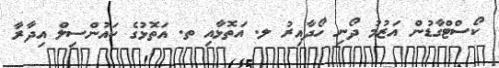
ކޯސްޓްގާޑުން އަޒުމު ދޯނި ހޯދާއިރު ލ. އަތޮޅާއި ތ. އަތޮޅުގެ ކައުންސިލް އިދާރާ